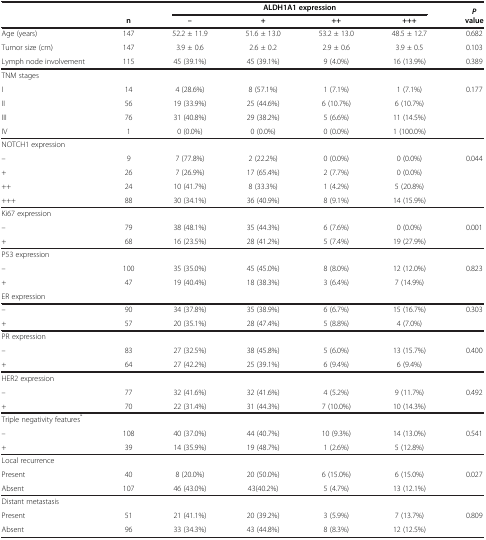
<table><thead><tr><td rowspan="2"><b> </b></td><td rowspan="2"><b>n</b></td><td colspan="4"><b>ALDH1A1 expression</b></td><td rowspan="2"><b><i>P </i>value</b></td></tr><tr><td><b>–</b></td><td><b>+</b></td><td><b>++</b></td><td><b>+++</b></td></tr></thead><tbody><tr><td>Age (years)</td><td>147</td><td>52.2 ± 11.9</td><td>51.6 ± 13.0</td><td>53.2 ± 13.0</td><td>48.5 ± 12.7</td><td>0.682</td></tr><tr><td>Tumor size (cm)</td><td>147</td><td>3.9 ± 0.6</td><td>2.6 ± 0.2</td><td>2.9 ± 0.6</td><td>3.9 ± 0.5</td><td>0.103</td></tr><tr><td>Lymph node involvement</td><td>115</td><td>45 (39.1%)</td><td>45 (39.1%)</td><td>9 (4.0%)</td><td>16 (13.9%)</td><td>0.389</td></tr><tr><td>TNM stages</td><td> </td><td> </td><td> </td><td> </td><td> </td><td> </td></tr><tr><td>I</td><td>14</td><td>4 (28.6%)</td><td>8 (57.1%)</td><td>1 (7.1%)</td><td>1 (7.1%)</td><td>0.177</td></tr><tr><td>II</td><td>56</td><td>19 (33.9%)</td><td>25 (44.6%)</td><td>6 (10.7%)</td><td>6 (10.7%)</td><td> </td></tr><tr><td>III</td><td>76</td><td>31 (40.8%)</td><td>29 (38.2%)</td><td>5 (6.6%)</td><td>11 (14.5%)</td><td> </td></tr><tr><td>IV</td><td>1</td><td>0 (0.0%)</td><td>0 (0.0%)</td><td>0 (0.0%)</td><td>1 (100.0%)</td><td> </td></tr><tr><td colspan="2">NOTCH1 expression</td><td> </td><td> </td><td> </td><td> </td><td> </td></tr><tr><td>–</td><td>9</td><td>7 (77.8%)</td><td>2 (22.2%)</td><td>0 (0.0%)</td><td>0 (0.0%)</td><td>0.044</td></tr><tr><td>+</td><td>26</td><td>7 (26.9%)</td><td>17 (65.4%)</td><td>2 (7.7%)</td><td>0 (0.0%)</td><td> </td></tr><tr><td>++</td><td>24</td><td>10 (41.7%)</td><td>8 (33.3%)</td><td>1 (4.2%)</td><td>5 (20.8%)</td><td> </td></tr><tr><td>+++</td><td>88</td><td>30 (34.1%)</td><td>36 (40.9%)</td><td>8 (9.1%)</td><td>14 (15.9%)</td><td> </td></tr><tr><td>Ki67 expression</td><td> </td><td> </td><td> </td><td> </td><td> </td><td> </td></tr><tr><td>–</td><td>79</td><td>38 (48.1%)</td><td>35 (44.3%)</td><td>6 (7.6%)</td><td>0 (0.0%)</td><td>0.001</td></tr><tr><td>+</td><td>68</td><td>16 (23.5%)</td><td>28 (41.2%)</td><td>5 (7.4%)</td><td>19 (27.9%)</td><td> </td></tr><tr><td>P53 expression</td><td> </td><td> </td><td> </td><td> </td><td> </td><td> </td></tr><tr><td>–</td><td>100</td><td>35 (35.0%)</td><td>45 (45.0%)</td><td>8 (8.0%)</td><td>12 (12.0%)</td><td>0.823</td></tr><tr><td>+</td><td>47</td><td>19 (40.4%)</td><td>18 (38.3%)</td><td>3 (6.4%)</td><td>7 (14.9%)</td><td> </td></tr><tr><td>ER expression</td><td> </td><td> </td><td> </td><td> </td><td> </td><td> </td></tr><tr><td>–</td><td>90</td><td>34 (37.8%)</td><td>35 (38.9%)</td><td>6 (6.7%)</td><td>15 (16.7%)</td><td>0.303</td></tr><tr><td>+</td><td>57</td><td>20 (35.1%)</td><td>28 (47.4%)</td><td>5 (8.8%)</td><td>4 (7.0%)</td><td> </td></tr><tr><td>PR expression</td><td> </td><td> </td><td> </td><td> </td><td> </td><td> </td></tr><tr><td>–</td><td>83</td><td>27 (32.5%)</td><td>38 (45.8%)</td><td>5 (6.0%)</td><td>13 (15.7%)</td><td>0.400</td></tr><tr><td>+</td><td>64</td><td>27 (42.2%)</td><td>25 (39.1%)</td><td>6 (9.4%)</td><td>6 (9.4%)</td><td> </td></tr><tr><td colspan="2">HER2 expression</td><td> </td><td> </td><td> </td><td> </td><td> </td></tr><tr><td>–</td><td>77</td><td>32 (41.6%)</td><td>32 (41.6%)</td><td>4 (5.2%)</td><td>9 (11.7%)</td><td>0.492</td></tr><tr><td>+</td><td>70</td><td>22 (31.4%)</td><td>31 (44.3%)</td><td>7 (10.0%)</td><td>10 (14.3%)</td><td> </td></tr><tr><td colspan="3">Triple negativity features<sup>*</sup></td><td> </td><td> </td><td> </td><td> </td></tr><tr><td>–</td><td>108</td><td>40 (37.0%)</td><td>44 (40.7%)</td><td>10 (9.3%)</td><td>14 (13.0%)</td><td>0.541</td></tr><tr><td>+</td><td>39</td><td>14 (35.9%)</td><td>19 (48.7%)</td><td>1 (2.6%)</td><td>5 (12.8%)</td><td> </td></tr><tr><td colspan="3">Local recurrence</td><td> </td><td> </td><td> </td><td> </td></tr><tr><td>Present</td><td>40</td><td>8 (20.0%)</td><td>20 (50.0%)</td><td>6 (15.0%)</td><td>6 (15.0%)</td><td>0.027</td></tr><tr><td>Absent</td><td>107</td><td>46 (43.0%)</td><td>43(40.2%)</td><td>5 (4.7%)</td><td>13 (12.1%)</td><td> </td></tr><tr><td colspan="3">Distant metastasis</td><td> </td><td> </td><td> </td><td> </td></tr><tr><td>Present</td><td>51</td><td>21 (41.1%)</td><td>20 (39.2%)</td><td>3 (5.9%)</td><td>7 (13.7%)</td><td>0.809</td></tr><tr><td>Absent</td><td>96</td><td>33 (34.3%)</td><td>43 (44.8%)</td><td>8 (8.3%)</td><td>12 (12.5%)</td><td> </td></tr></tbody></table>